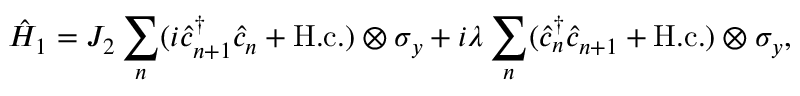
\hat { H } _ { 1 } = J _ { 2 } \sum _ { n } ( i \hat { c } _ { n + 1 } ^ { \dagger } \hat { c } _ { n } + \mathrm { H . c . } ) \otimes \sigma _ { y } + i \lambda \sum _ { n } ( \hat { c } _ { n } ^ { \dagger } \hat { c } _ { n + 1 } + \mathrm { H . c . } ) \otimes \sigma _ { y } ,